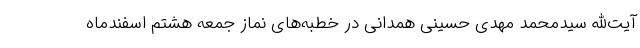
آیت‌الله سیدمحمد مهدی حسینی همدانی در خطبه‌های نماز جمعه هشتم اسفندماه